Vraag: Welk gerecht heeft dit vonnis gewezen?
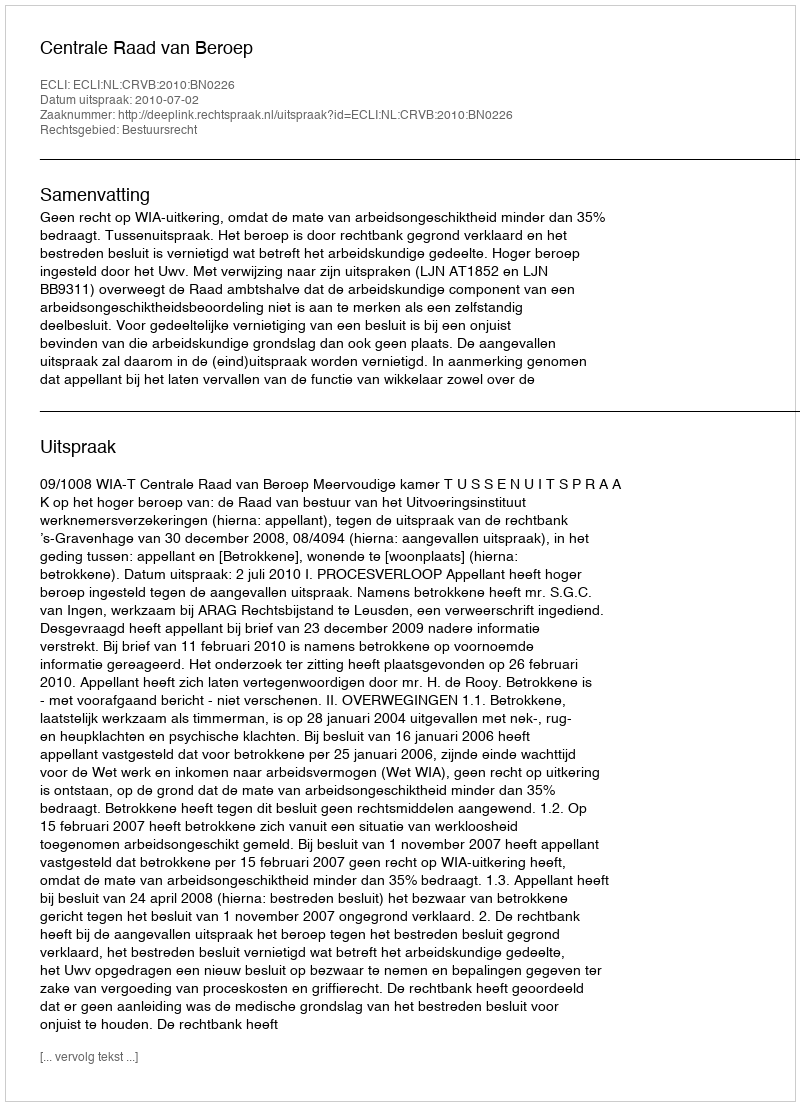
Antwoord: Centrale Raad van Beroep